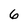
Character: 6